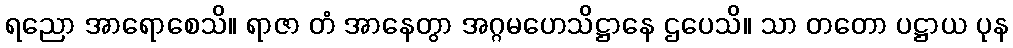
ရညော အာရောစေသိ။ ရာဇာ တံ အာနေတွာ အဂ္ဂမဟေသိဋ္ဌာနေ ဌပေသိ။ သာ တတော ပဋ္ဌာယ ပုန